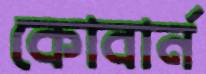
কোবার্ন